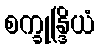
စက္ခုန္ဒြိယံ